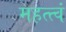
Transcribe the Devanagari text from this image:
महत्त्वं